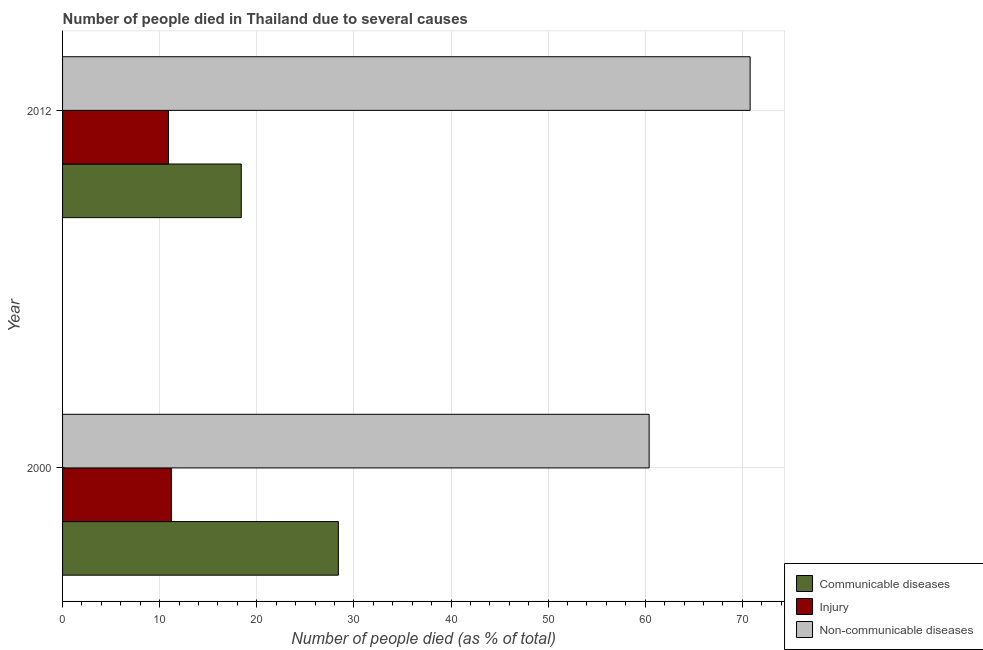
| Year | Communicable diseases | Injury | Non-communicable diseases |
 | --- | --- | --- | --- |
 | 2000 | 28.4 | 11.2 | 60.4 |
 | 2012 | 18.4 | 10.9 | 70.8 |